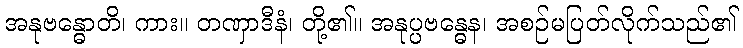
အနုဗန္ဓောတိ၊ ကား။ တဏှာဒီနံ၊ တို့၏။ အနုပ္ပဗန္ဓေန၊ အစဉ်မပြတ်လိုက်သည်၏